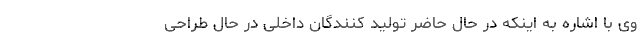
وی با اشاره به اینکه در حال حاضر تولید کنندگان داخلی در حال طراحی